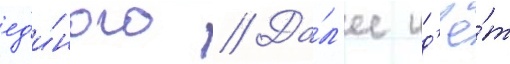
ед'и́ного // Да́л'ее ид'ё́т